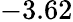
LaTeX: -3.62